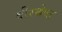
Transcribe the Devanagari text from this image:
वीरश्रेष्ठ